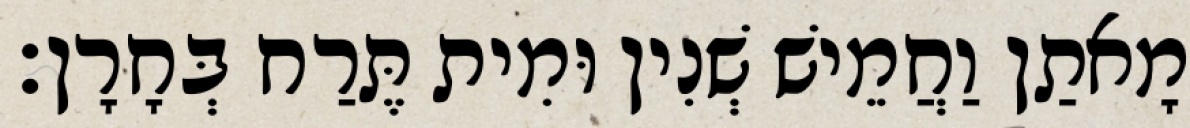
מָאתַן וַחֲמֵישׁ שְׁנִין וּמִית תֶּרַח בְּחָרָן׃